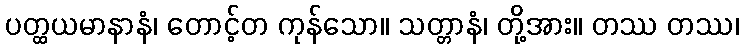
ပတ္ထယမာနာနံ၊ တောင့်တ ကုန်သော။ သတ္တာနံ၊ တို့အား။ တဿ တဿ၊